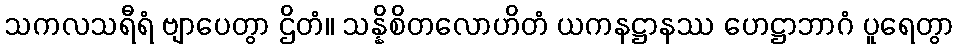
သကလသရီရံ ဗျာပေတွာ ဌိတံ။ သန္နိစိတလောဟိတံ ယကနဋ္ဌာနဿ ဟေဋ္ဌာဘာဂံ ပူရေတွာ